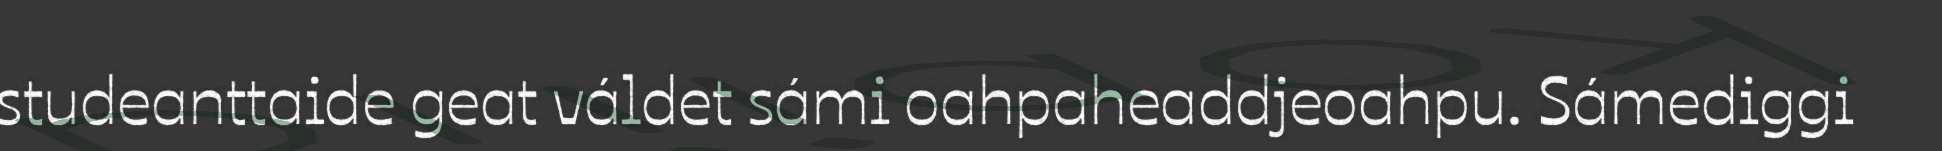
studeanttaide geat váldet sámi oahpaheaddjeoahpu. Sámediggi